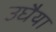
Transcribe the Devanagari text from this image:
उघैया